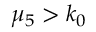
\mu _ { 5 } > k _ { 0 }